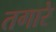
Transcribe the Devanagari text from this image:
तगारे